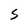
Character: S